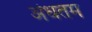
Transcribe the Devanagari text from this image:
अंधतम